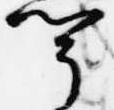
聞